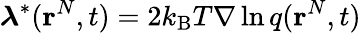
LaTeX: \boldsymbol{\lambda}^{*}(\mathbf{r}^{N},t)=2k_{\mathrm{B}}T\nabla\ln q(\mathbf{r}^{N},t)